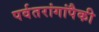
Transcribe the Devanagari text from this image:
पर्वतरांगांपैकी